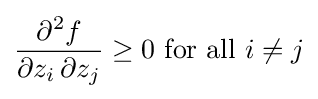
{\frac {\partial ^{2}f}{\partial z_{i}\,\partial z_{j}}}\geq 0{\mbox{ for all }}i\neq j